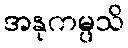
အနုကမ္ပသိ